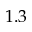
1 . 3